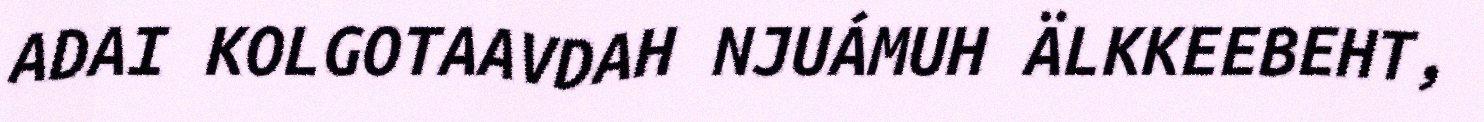
ADAI KOLGOTAAVDAH NJUÁMUH ÄLKKEEBEHT,